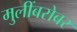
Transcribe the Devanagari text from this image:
मुलींबरोबर